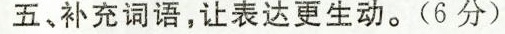
五、补充词语，让表达更生动。(6分)